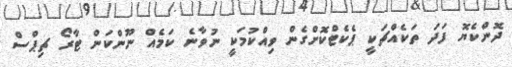
ދޮންކެޔޮ ފަދަ ތަކެއްޗަކީ ޕެކެޓްކޮށްގެން ވިއްކުމަކީ ނުވާނެ ކަމެއް ނޫންކަން ޓާރޯ ޗިޕްސް